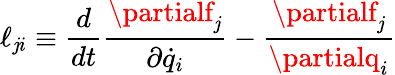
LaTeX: \ell_{\mathit{j}i}\equiv\frac{{d}}{{dt}}\frac{{\partialf_{\mathit{j}}}}{{\partial\dot{{q}}_{i}}}-\frac{{\partialf_{\mathit{j}}}}{{\partialq_{i}}}